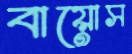
বায়োস